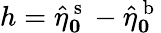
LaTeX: h=\hat{\eta}_{\boldsymbol 0}^{\mathrm{~s~}}-\hat{\eta}_{\boldsymbol 0}^{\mathrm{~b~}}